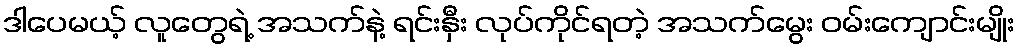
ဒါပေမယ့် လူတွေရဲ့ အသက်နဲ့ ရင်းနှီး လုပ်ကိုင်ရတဲ့ အသက်မွေး ဝမ်းကျောင်းမျိုး